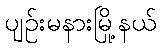
ပျဉ်းမနားမြို့နယ်